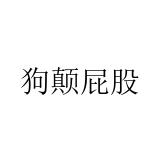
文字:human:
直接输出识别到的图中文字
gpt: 狗颠屁股